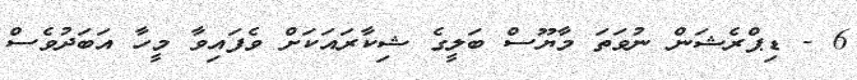
6 - ޑިޕްރެޝަން ނުވަތަ މާޔޫސް ބަލީގެ ޝިކާރައަކަށް ވެފައިވާ މީހާ އަބަދުވެސް